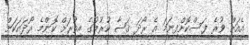
އެއަށް ވުރެ ފަސްކޮށްފިނަމަ އެ ރޯދަ ޤަޟާ ކުރުމުގެ އިތުރަށް ކޮންމެ ރޯދައަކަށް